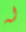
له